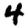
Digit: 4